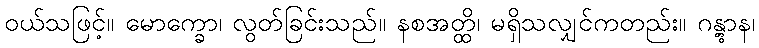
ဝယ်သဖြင့်။ မောက္ခော၊ လွတ်ခြင်းသည်။ နစအတ္ထိ၊ မရှိသလျှင်ကတည်း။ ဂန္တွာန၊